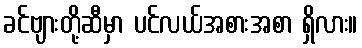
ခင်ဗျားတို့ဆီမှာ ပင်လယ်အစားအစာ ရှိလား။